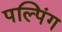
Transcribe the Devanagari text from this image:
पल्पिंग